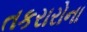
તકરારોના